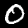
Label: 0